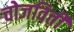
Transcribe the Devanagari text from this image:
चोजविती